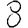
Digit: 8